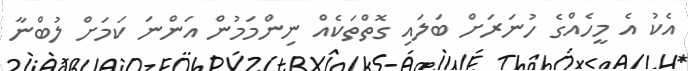
އެކު އެ މީހެއްގެ ހުނަރަށް ބަލައި ގޮތްތަކެއް ނިންމަމުން އަންނަ ކަމަށް ލުބްނާ